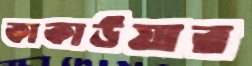
কাকাউয়ার